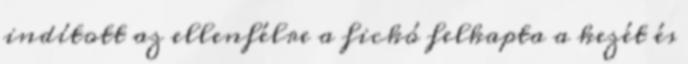
indított az ellenfélre a fickó felkapta a kezét és